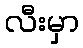
လီးမှာ